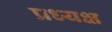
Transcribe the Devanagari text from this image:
प्रध्यक्ष